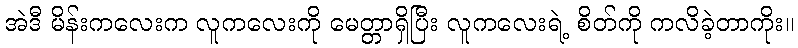
အဲဒီ မိန်းကလေးက လူကလေးကို မေတ္တာရှိပြီး လူကလေးရဲ့ စိတ်ကို ကလိခဲ့တာကိုး။